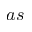
a s